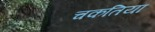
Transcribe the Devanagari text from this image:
चकतिया